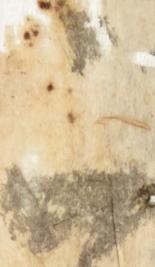
二